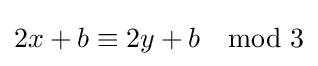
2x+b\equiv 2y+b\mod 3